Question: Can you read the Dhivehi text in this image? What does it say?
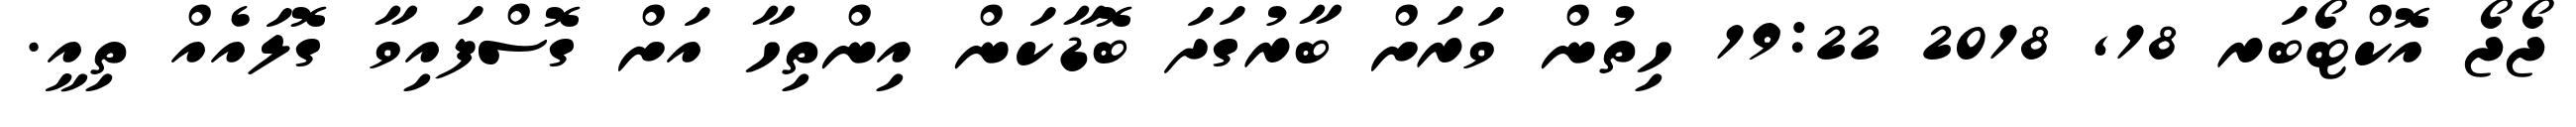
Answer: ޖޯޖޯ އޮކްޓޯބަރ 18, 2018 19:22 ހިތުން ވަރަށް ބާރުގަދަ ބޮޑާކަން އިންތިހާ އަށް ގޮސްފައިވާ ގޮލައެއް ތިއީ.